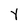
Character: Y